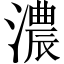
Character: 濃